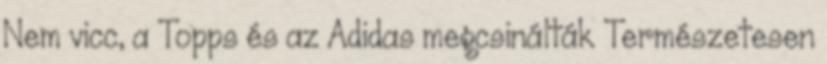
Nem vicc, a Topps és az Adidas megcsinálták Természetesen